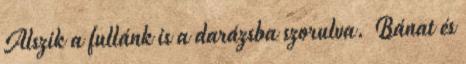
Alszik a fullánk is a darázsba szorulva. Bánat és